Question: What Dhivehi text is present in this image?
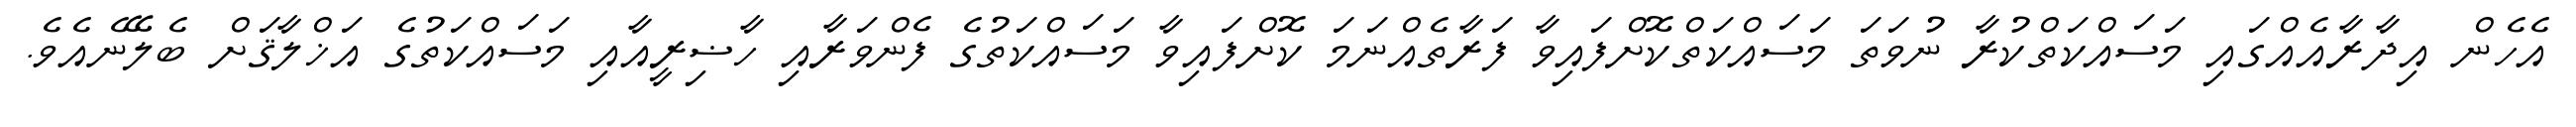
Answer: އެހެން އިދާރާއެއްގައި މަސައްކަތްކުރާ ނުވަތަ މަސައްކަތްކޮށްފައިވާ ފަރާތެއްނަމަ ކޮށްފައިވާ މަސައްކަތުގެ ފެންވަރާއި ހާޟިރީއާއި މަސައްކަތުގެ އަޚްލާޤަށް ބެލޭނެއެވެ.